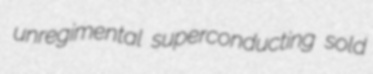
unregimental superconducting sold